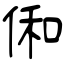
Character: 俰